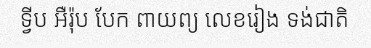
ទ្វីប អឺរ៉ុប បែក ពាយព្យ លេខរៀង ទង់ជាតិ